Indian journal of veterinary science and animal husbandry - Volume 10,
Year: 1940
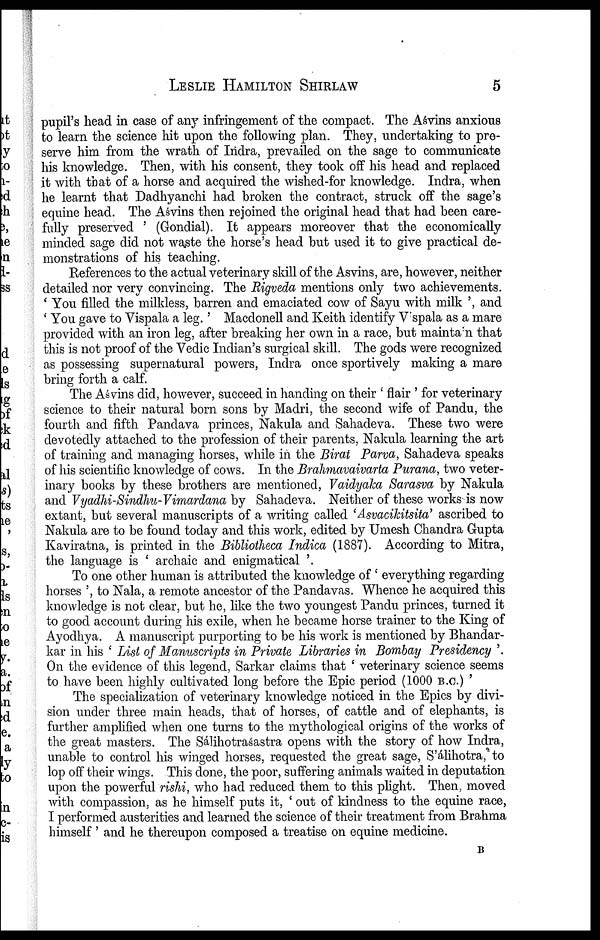
LESLIE HAMILTON SHIRLAW 5
pupil's head in case of any infringement of the compact. The Aśvins anxious
to learn the science hit upon the following plan. They, undertaking to pre
serve him from the wrath of Indra, prevailed on the sage to communicate
his knowledge. Then, with his consent, they took off his head and replaced
it with that of a horse and acquired the wished-for knowledge. Indra, when
he learnt that Dadhyanchi had broken the contract, struck off the sage's
equine head. The Aśvins then rejoined the original head that had been care
fully preserved ' (Gondial). It appears moreover that the economically
minded sage did not waste the horse's head but used it to give practical de
monstrations of his teaching.
References to the actual veterinary skill of the Asvins, are, however, neither
detailed nor very convincing. The Rigveda mentions only two achievements.
' You filled the milkless, barren and emaciated cow of Sayu with milk ', and
' You gave to Vispala a leg.' Macdonell and Keith identify Vispala as a mare
provided with an iron leg, after breaking her own in a race, but maintain that
this is not proof of the Vedic Indian's surgical skill. The gods were recognized
as possessing supernatural powers, Indra once sportively making a mare
bring forth a calf.
The Aśvins did, however, succeed in handing on their ' flair ' for veterinary
science to their natural born sons by Madri, the second wife of Pandu, the
fourth and fifth Pandava princes, Nakula and Sahadeva. These two were
devotedly attached to the profession of their parents, Nakula learning the art
of training and managing horses, while in the Birat Parva, Sahadeva speaks
of his scientific knowledge of cows. In the Brahmavaivarta Purana, two veter
inary books by these brothers are mentioned, Vaidyaka Sarasva by Nakula
and Vyadhi-Sindhu-Vimardana by Sahadeva. Neither of these works is now
extant, but several manuscripts of a writing called 'Asvacikitsita' ascribed to
Nakula are to be found today and this work, edited by Umesh Chandra Gupta
Kaviratna, is printed in the Bibliotheca Indica (1887). According to Mitra,
the language is ' archaic and enigmatical '.
To one other human is attributed the knowledge of ' everything regarding
horses ', to Nala, a remote ancestor of the Pandavas. Whence he acquired this
knowledge is not clear, but he, like the two youngest Pandu princes, turned it
to good account during his exile, when he became horse trainer to the King of
Ayodhya. A manuscript purporting to be his work is mentioned by Bhandar¬
kar in his ' List of Manuscripts in Private Libraries in Bombay Presidency '.
On the evidence of this legend, Sarkar claims that ' veterinary science seems
to have been highly cultivated long before the Epic period (1000 B.C.) '
The specialization of veterinary knowledge noticed in the Epics by divi
sion under three main heads, that of horses, of cattle and of elephants, is
further amplified when one turns to the mythological origins of the works of
the great masters. The Sâlihotraśastra opens with the story of how Indra,
unable to control his winged horses, requested the great sage, S'álihotra, to
lop off their wings. This done, the poor, suffering animals waited in deputation
upon the powerful rishi, who had reduced them to this plight. Then, moved
with compassion, as he himself puts it, ' out of kindness to the equine race,
I performed austerities and learned the science of their treatment from Brahma
himself ' and he thereupon composed a treatise on equine medicine.
B